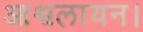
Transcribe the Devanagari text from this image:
आश्वलायन।